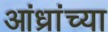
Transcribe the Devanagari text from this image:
आंध्रांच्या